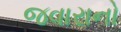
જવારાનો